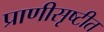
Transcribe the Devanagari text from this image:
प्राणीसृष्टीत